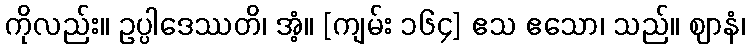
ကိုလည်း။ ဥပ္ပါဒေဿတိ၊ အံ့။ [ကျမ်း ၁၆၄] ဧသ ဧသော၊ သည်။ ဈာနံ၊